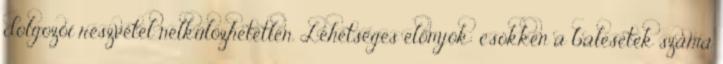
dolgozói részvétel nélkülözhetetlen. Lehetséges előnyök: csökken a balesetek száma